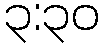
၃:၃၀